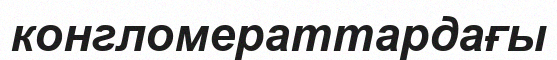
конгломераттардағы